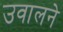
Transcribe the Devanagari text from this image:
उवालने